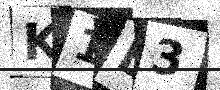
Text: K1L3